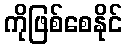
ကိုဖြစ်စေနိုင်